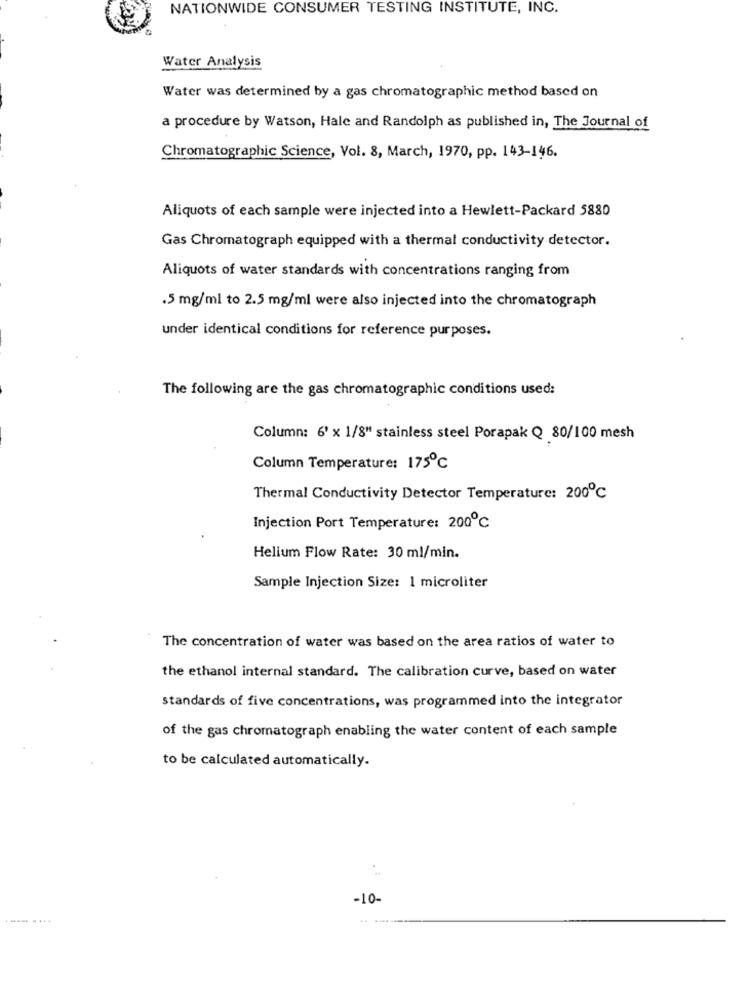
NATIONWIDE CONSUMER TESTING INSTITUTE, INC.
Water Analysis
Water was determined by a gas chromatographic method based on
a procedure by Watson, Hale and Randolph as published in, The Journal of
Chromatographic Science, Vol. 8, March, 1970, pp. 143-146.
Aliquots of each sample were injected into a Hewlett-Packard 5880
Gas Chromatograph equipped with a thermal conductivity detector.
Aliquots of water standards with concentrations ranging from
.5 mg/ml to 2.5 mg/ml were also injected into the chromatograph
under identical conditions for reference purposes.
The following are the gas chromatographic conditions used:
Column: 6' x 1/8" stainless steel Porapak Q 80/100 mesh
Column Temperature: 175℃
Thermal Conductivity Detector Temperature: 200℃
Injection Port Temperature: 200℃
Helium Flow Rate: 30 ml/min.
Sample Injection Size: 1 microliter
The concentration of water was based on the area ratios of water to
the ethanol internal standard. The calibration curve, based on water
standards of five concentrations, was programmed into the integrator
of the gas chromatograph enabling the water content of each sample
to be calculated automatically.
-10-